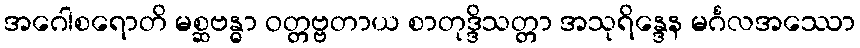
အဂေါစရောတိ မစ္ဆဗန္ဓာ ဝတ္တဗ္ဗတာယ စာတုဒ္ဒိသတ္တာ အသုရိန္ဒေန မင်္ဂလအဿော